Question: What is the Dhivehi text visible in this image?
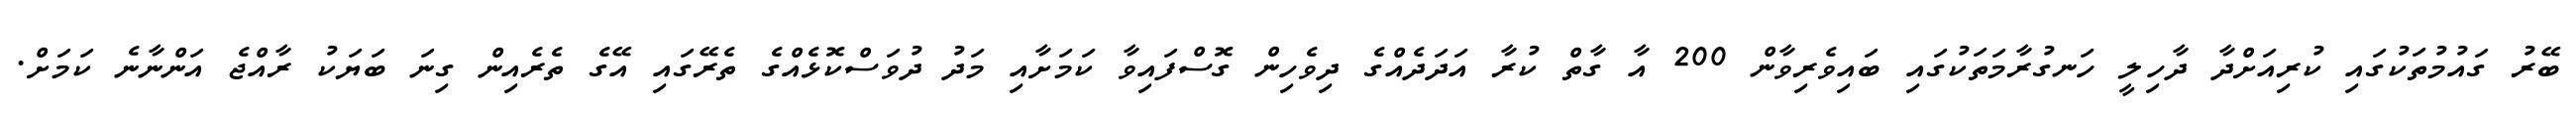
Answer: ބޭރު ގައުމުތަކުގައި ކުރިއަށްދާ ދާހިލީ ހަނގުރާމަތަކުގައި ބައިވެރިވާން 200 އާ ގާތް ކުރާ އަދަދެއްގެ ދިވެހިން ގޮސްފައިވާ ކަމަށާއި މަދު ދުވަސްކޮޅެއްގެ ތެރޭގައި އޭގެ ތެރެއިން ގިނަ ބަޔަކު ރާއްޖެ އަންނާނެ ކަމަށް.